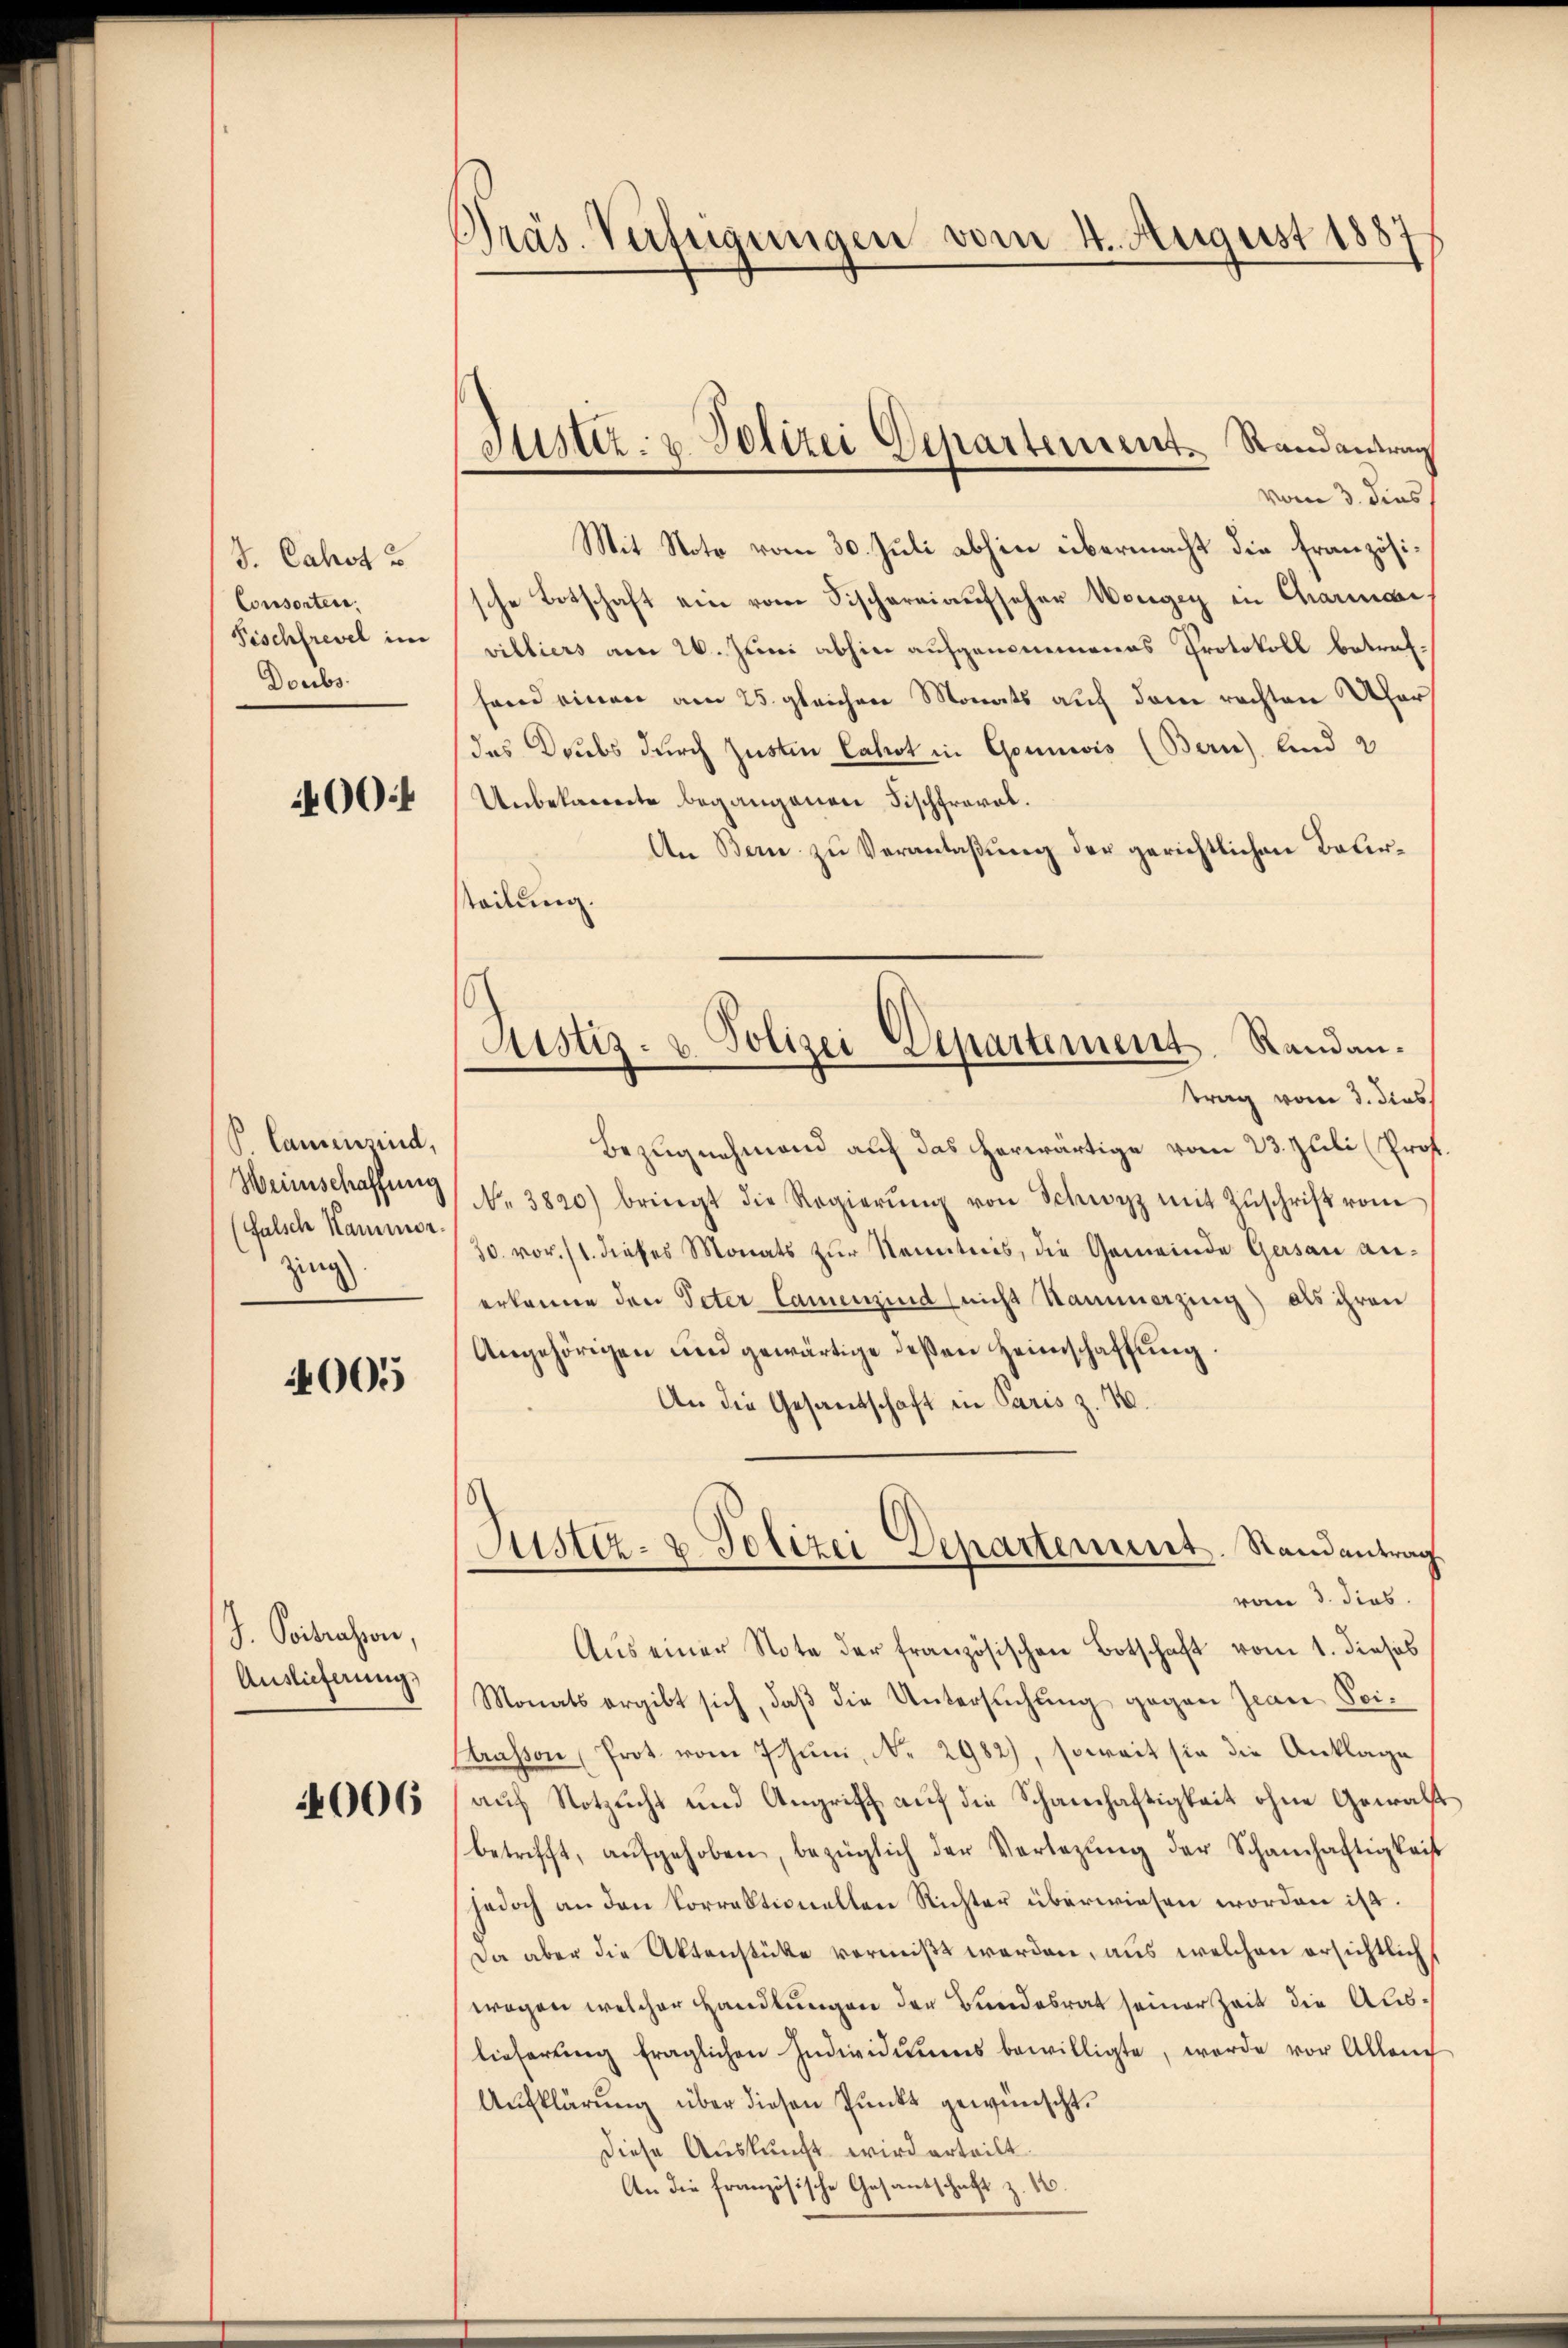
J. Cahotu
Consorten.
Fischfrevel im
Doubs

4004

Plauensind,
Heinschaffung
falsche Kammer.
zing

4005

J. Voitrasson,
Auslieferung

4006

Präs. Verfügungen vom 4. August 1887

Stistiz- u. Polizei Departement. Randantrag

vom 3. dies
Mit Note vom 30. Juli abhin übermacht die französische Botschaft ein vom Fischereiaufseher Weigen in Charmai
villiers am 26. Juni abhin aufgenommenes Protokoll betreffand einer am 25. gleichen Monats auf dem rechten Ufers
des Drubs durch Zusten Cahot in Gounwis (Bern) und 2
Unbekannte begangenen Fischfroval.
An Bern zu Veranlaßung der gerichtlichen Baueradung.
trag vom 3. dies
Bezugnahmend auf das herwärtige vom 23. Juli (Prof.
No. 3820) bringt die Regierŭng von Schwyz mit Zŭschrift vom
30. vor. (1. dieses Monats zŭr Kenntnis, die Gemeinde Gersau anerkenne den Peter Camenzind (nicht Hammerzing) als ihren
Angehörigen und gewärtige deßen Heimschaffung.
An die Gesandschaft in Paris z. 10.
Justiz- & Polizei Departement. Randantrag
vom 3. dies
Aus einer Note der französischen Botschaft vom 1. dieses
Monats ergibt sich, daβ die Untersuchung gegen Jean Sei¬
Ctrasson Prot. vom 7 Juni, Nr. 2982), soweit sie die Anklage
auf Notzucht und Angriff auf die Schanhaftigkeit ohne Gewalt
betrifft, aŭfgehoben, bezüglich der Verlegŭng der Schamhaftigkeit
jedoch an den Korrektionellen Richter überwiesen worden ist.
Da aber die Aktenstücke vermißt werden, aus welchen ersichtlich
wegen welcher Handlungen der Bundesrat seiner Zeit die Auslieferŭng fraglichen Individuums bewilligte, werde vor Alleng
Aufklärung über diesen Punkt gewünscht.
Diese Auskunft wird erteilt.
An die französische Gesandtschaft z. 16.

1
Justiz- & Polizei Departement Randan¬